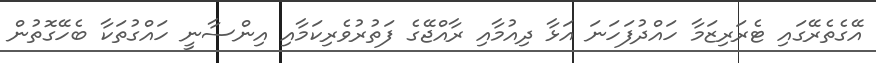
އޭގެތެރޭގައި ޓެރަރިޒަމާ ހައްދުފަހަނަ އަޅާ ދިއުމާއި ރާއްޖޭގެ ފަތުރުވެރިކަމާއި އިންސާނީ ހައްގުތަކާ ބެހޭގޮތުން